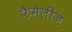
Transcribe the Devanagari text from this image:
फैमेलीज़